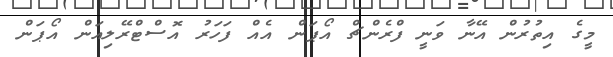
މީގެ އިތުރުން އޭނާ ވަނީ ފްރެންޗް އޯޕަން އެއް ފަހަރު އޮސްޓްރޭލިއަން އޯޕަން